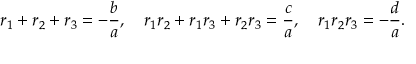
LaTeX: r _ { 1 } + r _ { 2 } + r _ { 3 } = - { \frac { b } { a } } , \quad r _ { 1 } r _ { 2 } + r _ { 1 } r _ { 3 } + r _ { 2 } r _ { 3 } = { \frac { c } { a } } , \quad r _ { 1 } r _ { 2 } r _ { 3 } = - { \frac { d } { a } } .